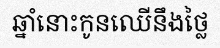
ឆ្នាំនោះកូនឈើនឹងថ្លៃ